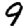
Digit: 9